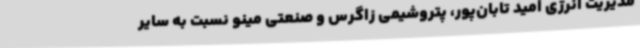
مدیریت انرژی امید تابان‌پور، پتروشیمی زاگرس و صنعتی مینو نسبت به سایر